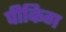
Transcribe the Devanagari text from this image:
पीकिग